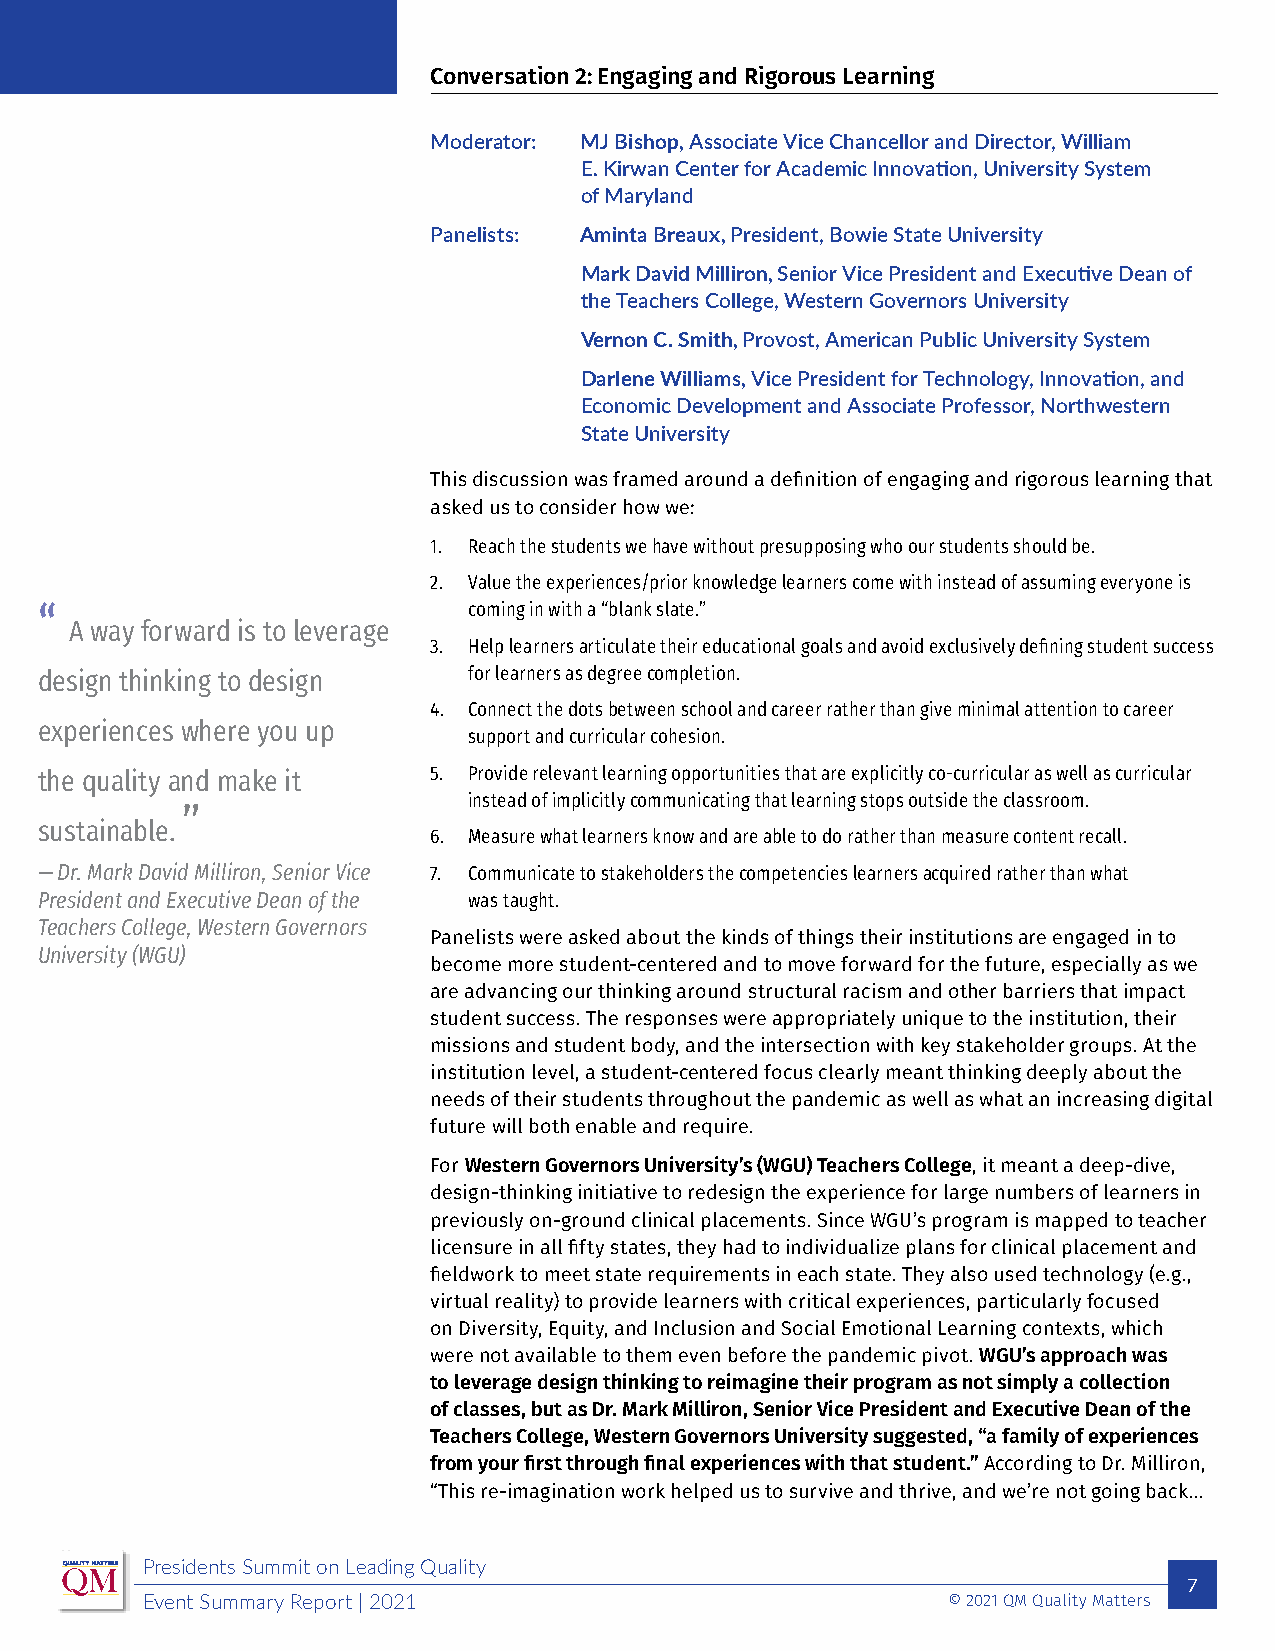
Conversation 2: Engaging and Rigorous Learning
 Moderator: MJ Bishop, Associate Vice Chancellor and Director, William
 E. Kirwan Center for Academic Innovation, University System
 of Maryland
 Panelists: Aminta Breaux, President, Bowie State University
 Mark David Milliron, Senior Vice President and Executive Dean of
 the Teachers College, Western Governors University
 Vernon C. Smith, Provost, American Public University System
 Darlene Williams, Vice President for Technology, Innovation, and
 Economic Development and Associate Professor, Northwestern
 State University
 This discussion was framed around a definition of engaging and rigorous learning that
 asked us to consider how we:
 1. Reach the students we have without presupposing who our students should be.
 2. Value the experiences/prior knowledge learners come with instead of assuming everyone is
 “                            coming in with a “blank slate.”
 A way forward is to leverage
 3. Help learners articulate their educational goals and avoid exclusively defining student success
 design thinking to design    for learners as degree completion.
 4. Connect the dots between school and career rather than give minimal attention to career
 experiences where you up
 support and curricular cohesion.
 the quality and make it    5. Provide relevant learning opportunities that are explicitly co-curricular as well as curricular
 instead of implicitly communicating that learning stops outside the classroom.
 ”
 sustainable.
 6. Measure what learners know and are able to do rather than measure content recall.
 — Dr. Mark David Milliron, Senior Vice 7. Communicate to stakeholders the competencies learners acquired rather than what
 President and Executive Dean of the was taught.
 Teachers College, Western Governors
 Panelists were asked about the kinds of things their institutions are engaged in to
 University (WGU)
 become more student-centered and to move forward for the future, especially as we
 are advancing our thinking around structural racism and other barriers that impact
 student success. The responses were appropriately unique to the institution, their
 missions and student body, and the intersection with key stakeholder groups. At the
 institution level, a student-centered focus clearly meant thinking deeply about the
 needs of their students throughout the pandemic as well as what an increasing digital
 future will both enable and require.
 For Western Governors University’s (WGU) Teachers College, it meant a deep-dive,
 design-thinking initiative to redesign the experience for large numbers of learners in
 previously on-ground clinical placements. Since WGU’s program is mapped to teacher
 licensure in all fifty states, they had to individualize plans for clinical placement and
 fieldwork to meet state requirements in each state. They also used technology (e.g.,
 virtual reality) to provide learners with critical experiences, particularly focused
 on Diversity, Equity, and Inclusion and Social Emotional Learning contexts, which
 were not available to them even before the pandemic pivot. WGU’s approach was
 to leverage design thinking to reimagine their program as not simply a collection
 of classes, but as Dr. Mark Milliron, Senior Vice President and Executive Dean of the
 Teachers College, Western Governors University suggested, “a family of experiences
 from your first through final experiences with that student.” According to Dr. Milliron,
 “This re-imagination work helped us to survive and thrive, and we’re not going back…
 Presidents Summit on Leading Quality
 7
 Event Summary Report | 2021                           © 2021 QM Quality Matters